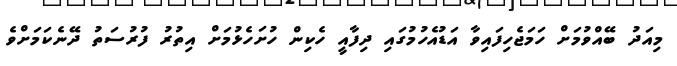
މިއަދު ބޭއްވުމަށް ހަމަޖެހިފައިވާ އަޑުއެހުމުގައި ދިފާއީ ހެކިން ހުށަހެޅުމަށް އިތުރު ފުރުސަތު ދޭނެކަމަށްވެ